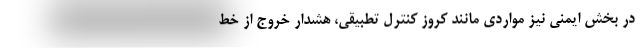
در بخش ایمنی نیز مواردی مانند کروز کنترل تطبیقی، هشدار خروج از خط